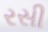
રસી